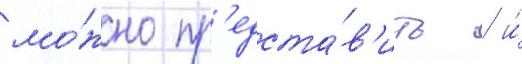
мо́жно пр'едста́в'ить / и́